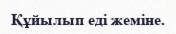
Құйылып еді жеміне.